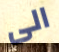
الى